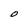
Character: O